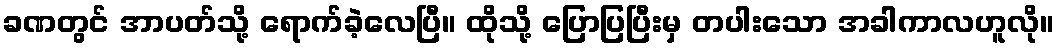
ခဏတွင် အာပတ်သို့ ရောက်ခဲ့လေပြီ။ ထိုသို့ ပြောပြပြီးမှ တပါးသော အခါကာလဟူလို။